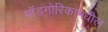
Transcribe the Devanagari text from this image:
पॉडगोरिकामधील